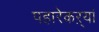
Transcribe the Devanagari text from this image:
पहारेकऱ्यां